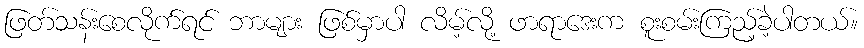
ဖြတ်သန်းစေလိုက်ရင် ဘာများ ဖြစ်မှာပါ လိမ့်လို့ ဖာရာဒေးက စူးစမ်းကြည့်ခဲ့ပါတယ်။